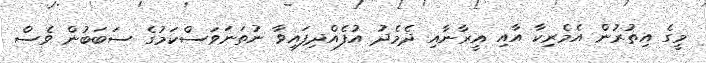
މީގެ އިތުރުން އެމެރިކާ އާއި އީރާނާއި ދެމެދު އުފެއްދިފައިވާ ނުތަނަވަސްކަމުގެ ސަބަބުން ވެސް